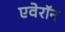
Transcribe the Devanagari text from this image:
एवेरॉन